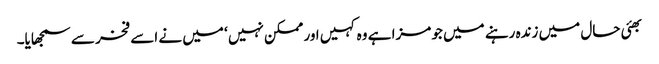
بھئی حال میں زندہ رہنے میں جو مزا ہے وہ کہیں اور ممکن نہیں ‘ میں نے اسے فخر سے سمجھایا۔